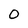
Character: 0